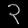
Digit: ၃